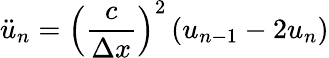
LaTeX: {\ddot{u}}_{n}={\left({\frac{c}{\Delta x}}\right)}^{2}\left(u_{n-1}-2u_{n}\right)